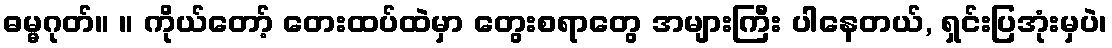
ဓမ္မဂုတ်။ ။ ကိုယ်တော့် တေးထပ်ထဲမှာ တွေးစရာတွေ အများကြီး ပါနေတယ်, ရှင်းပြအုံးမှပဲ၊